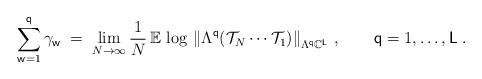
LaTeX: \begin{align*}\sum\limits_{\mathsf{w}=1}^{\mathsf{q}}\gamma_{\mathsf{w}}\;=\;\lim\limits_{N\rightarrow\infty}\frac{1}{N}\,\mathbb{E}\,\log\,\left\|\Lambda^{\mathsf{q}}(\mathcal{T}_N\cdots\mathcal{T}_1)\right\|_{\Lambda^{\mathsf{q}}\mathbb{C}^{\mathsf{L}}}\,,\qquad\mathsf{q}=1,\dots,\mathsf{L}\;.\end{align*}